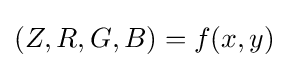
(Z,R,G,B)=f(x,y)